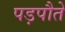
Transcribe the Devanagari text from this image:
पड़पौते